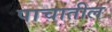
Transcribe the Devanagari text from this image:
पाचातील